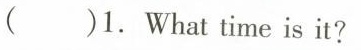
( )1.What time is it?